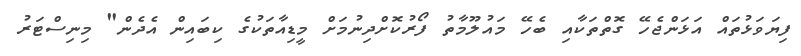
ފިޔަވަޅުތައް އަޅަންޖެހޭ ގޮތްތަކާއި ބެހޭ މައުލޫމާތު ފޯރުކޮށްދިނުމަށް މީޑިއާތަކުގެ ކިބައިން އެދެން" މިނިސްޓަރު